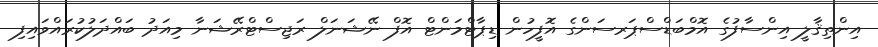
އިންތިޤާލީ އިންސާފުގެ އޮމްބަޑްސްޕަރސަންގެ އޮފީހުން ޑިޕާޓްމަންޓް އޮފް ނޭޝަނަލް ރަޖިސްޓްރޭޝަނާ މިއަދު ބައްދަލުކުރައްވައިފި